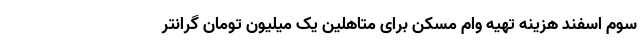
سوم اسفند هزینه تهیه وام مسکن برای متاهلین یک میلیون تومان گرانتر